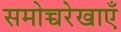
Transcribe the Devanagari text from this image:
समोच्चरेखाएँ